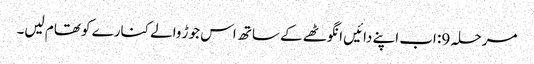
مرحلہ 9: اب اپنے دائیں انگوٹھے کے ساتھ اس جوڑ والے کنارے کو تھام لیں۔